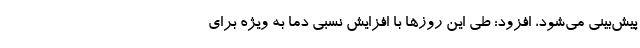
پیش‌بینی می‌شود، افزود: طی این روز‌ها با افزایش نسبی دما به ویژه برای